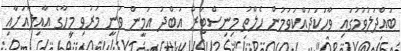
ބައްދަލުވުމުގައި ވާހަކަދައްކަވަމުން ހެލްތު މިނިސްޓަރު އަބްދު އަމީން ވަނީ މަރުވި މީހާގެ އާއިލާއަށާއި